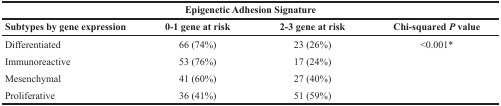
| <COLSPAN=4> Epigenetic Adhesion Signature |
 | Subtypes by gene expression | 0-1 gene at risk | 2-3 gene at risk | Chi-squared P value |
 | --- | --- | --- | --- |
 | Differentiated | 66 (74%) | 23 (26%) | <0.001* |
 | Immunoreactive | 53 (76%) | 17 (24%) |  |
 | Mesenchymal | 41 (60%) | 27 (40%) |  |
 | Proliferative | 36 (41%) | 51 (59%) |  |